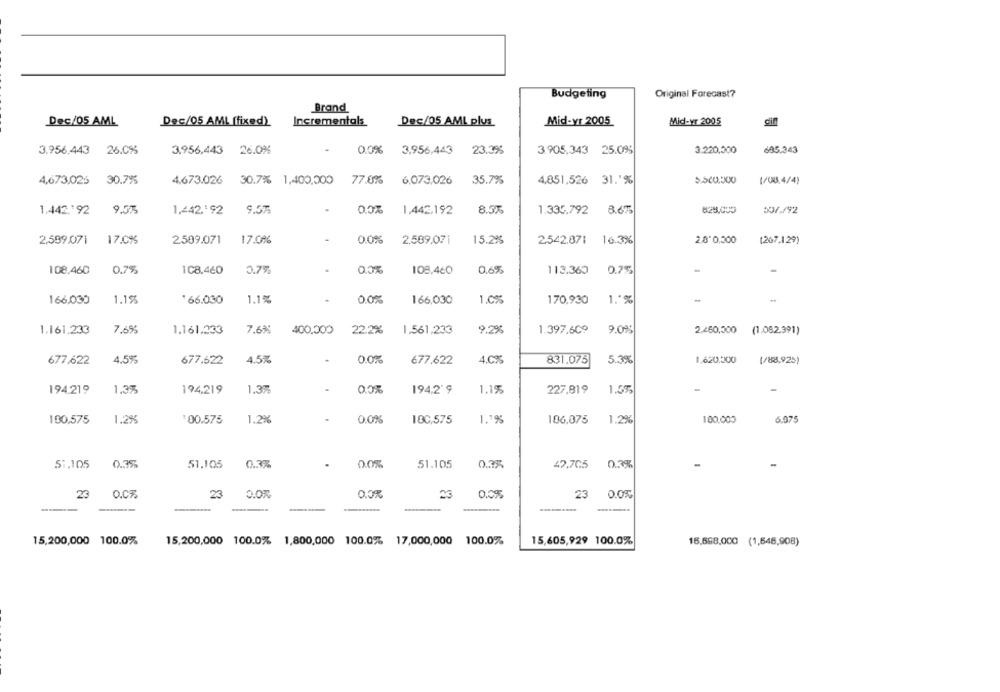
Budgeting
Original Forecast?
Brand
Dec/05 AML
Dec/05 AML [fixed)
Incrementals
Dec/05 AML plus
Mid-yr 2005
Mid-vr 2005
cint
3.956,443 26.0%%
3.956,443 26.0%
0.0%
3,956,443
23.3%
3.905,343 25.0%
3.220,500
605.343
35.7%
5.500.000
(/00.4/4)
4,673.026 30.7%
4.673.026 30.7% 1,4400,000 77.0%
6,073,026
4,851,526 31.'%
1.442.192 9.575
1,442,'92
9.57
1.442,192
8.5%
1.336,792 8.6%
825.000
2.599.071
17.0%
2.509.071
17.0%
.
0.0%
2.509,07
15.2%
2,542.871 16.3%
2.8'0,000
(267,129)
.
0.0%
0.6%
108,460
0.7%
1C8.460
0.7%
108,460
113,360
0.7%
166,030
1.19%
66.030
1.1%
.
0.0%
166,030
1.0%
170.930
1 .* %
-
1.161.233
7.6%
1.161,233
7.6%
400.000
22.2%
1.561,233
9.2%
1.397,609 9.0%
2.460,000 (1,082.391)
4.5%
4.5%
0.0%
4.0%
5.3%
1,620,000
677,622
677.622
677.622
831.075
(/88,925)
-
194,219
1.3%
194,219
1.37
194,2'9
1.15
227.819
1.5%
180,575
1.2%
:00.575
1.2%
.
0.0%
100,575
1.1%
186,075
1.2%
100.000
6.975
.
0.0%
0.3%
51.105
0.35
51.105
0.3%
51.105
0.35
47.7C5
23
O.C%.
23
0.0%
23
23
0.0%
15,605,929 100.0%
15,200,000 100.0%
15,200,000 100.0% 1,800,000 100.0% 17,000,000 100.0%
16,568,000 (1,646,908)